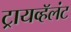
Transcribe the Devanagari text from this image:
ट्रायव्हॅलंट